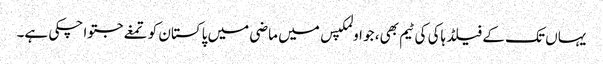
یہاں تک کے فیلڈ ہاکی کی ٹیم بھی، جو اولمکپس میں ماضی میں پاکستان کو تمغے جتوا چکی ہے۔